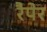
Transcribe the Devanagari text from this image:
रैपेर